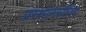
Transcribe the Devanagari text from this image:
प्रस्थानत्रयीवर